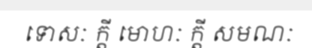
ទោសៈ ក្តី មោហៈ ក្តី សមណៈ